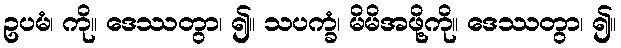
ဥပမံ၊ ကို။ ဒေဿတွာ၊ ၍။ သပက္ခံ၊ မိမိအဖို့ကို။ ဒေဿတွာ၊ ၍။